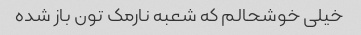
خیلی خوشحالم که شعبه نارمک تون باز شده